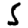
Digit: 5